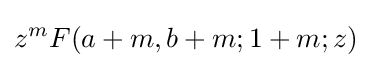
z^{m}F(a+m,b+m;1+m;z)